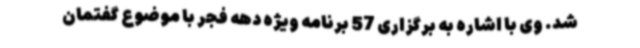
شد. وی با اشاره به برگزاری 57 برنامه ویژه دهه فجر با موضوع گفتمان